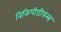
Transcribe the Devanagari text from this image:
विकिपीडीयन्स